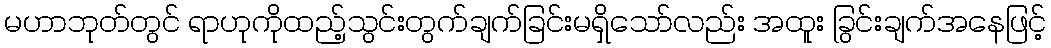
မဟာဘုတ်တွင် ရာဟုကိုထည့်သွင်းတွက်ချက်ခြင်းမရှိသော်လည်း အထူး ခြွင်းချက်အနေဖြင့်